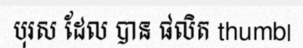
បុរស ដែល បាន ផលិត thumb|